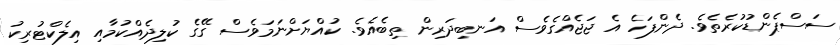
ސަސްޕެންޑުކުރެތެވެ. ދެންފަހެ އެ ޖަޖެއްގެވެސް އަނބިދަރިން ތިބެއެވެ. ކުއްޔަށްނަމަވެސް ގޭގެ ކުލިދެއްކުމާއި އިލެކްޓުރިކު